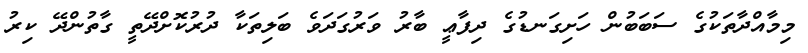
މިމާއްދާތަކުގެ ސަބަބުން ހަށިގަނޑުގެ ދިފާޢީ ބާރު ވަރުގަދަވެ ބަލިތަކާ ދުރުކޮށްދޭތީ ގާތުންދޭ ކިރު